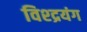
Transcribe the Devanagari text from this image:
विश्द्रयंग